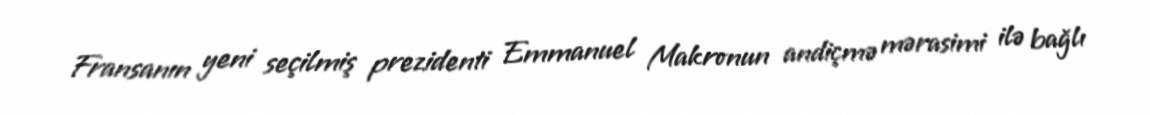
Fransanın yeni seçilmiş prezidenti Emmanuel Makronun andiçmə mərasimi ilə bağlı